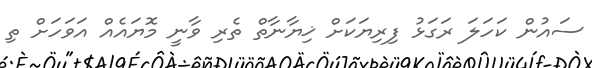
ސައުން ކަހަލަ ރަގަޅު ފިރިޔަކަށް ޚިޔާނާތް ތެރި ވާނީ މޮޔައެއް އަވަހަށް ތި